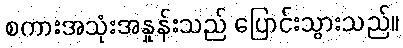
စကားအသုံးအနှုန်းသည် ပြောင်းသွားသည်။